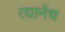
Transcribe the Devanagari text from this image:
त्यानेंच